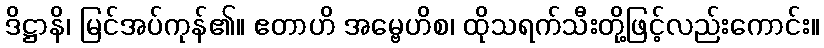
ဒိဋ္ဌာနိ၊ မြင်အပ်ကုန်၏။ ဧတာဟိ အမ္ဗေဟိစ၊ ထိုသရက်သီးတို့ဖြင့်လည်းကောင်း။